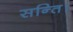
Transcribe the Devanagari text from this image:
सन्ति।